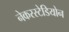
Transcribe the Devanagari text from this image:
नेकरस्टेडियोन